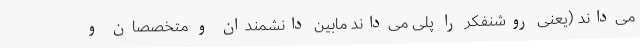
می‌داند (یعنی روشنفکر را پلی می‌داند مابین دانشمندان و متخصصان و